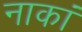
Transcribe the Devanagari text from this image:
नाकां